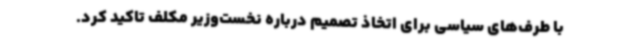
با طرف‌های سیاسی برای اتخاذ تصمیم درباره نخست‌وزیر مکلف تاکید کرد.